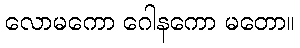
လောမကော ဂေါနကော မတော။